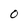
Character: 0